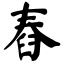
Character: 舂